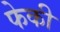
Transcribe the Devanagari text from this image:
फेकी